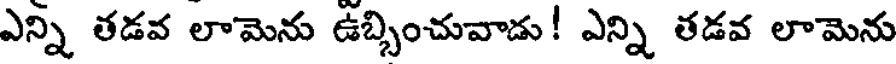
ఎన్ని తడవ లామెను ఉబ్బించువాడు! ఎన్ని తడవ లామెను